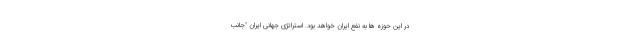
در این حوزه ها به نفع ایران خواهد بود. استراتژی جهانی ایران "جانب